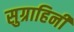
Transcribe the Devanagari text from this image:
सुग्राहिनी